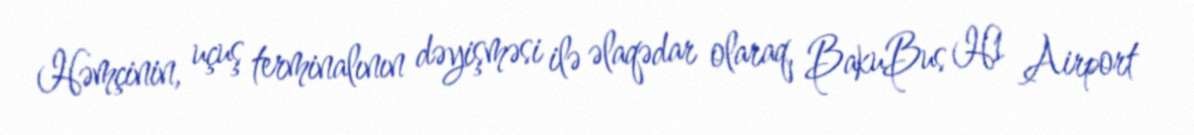
Həmçinin, uçuş terminalının dəyişməsi ilə əlaqədar olaraq, BakuBus H1 Airport